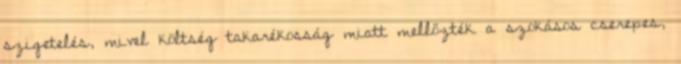
szigetelés, mivel költség takarékosság miatt mellőzték a szokásos cserepes,